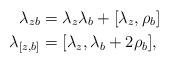
LaTeX: \begin{align*} \lambda_{zb} &= \lambda_z \lambda_b + [\lambda_z, \rho_b] \\\lambda_{[z,b]} &= [\lambda_z, \lambda_b + 2 \rho_b],\end{align*}